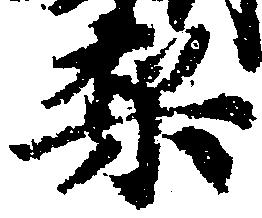
梨